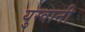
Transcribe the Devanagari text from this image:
युग्वानी